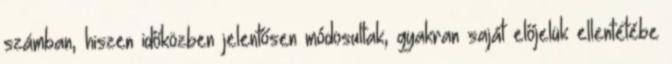
számban, hiszen időközben jelentősen módosultak, gyakran saját előjelük ellentétébe